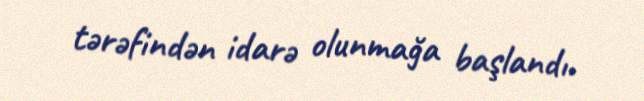
tərəfindən idarə olunmağa başlandı.